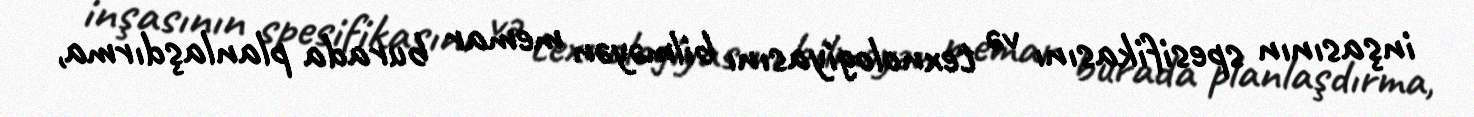
inşasının spesifikasını və texnologiyasını bilməyən memar burada planlaşdırma,